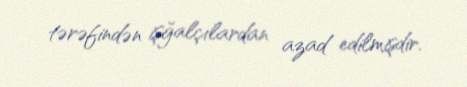
tərəfindən işğalçılardan azad edilmişdir.